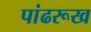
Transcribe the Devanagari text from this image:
पांढरूख